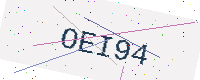
Text: OEI94